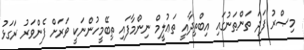
މިޞްރު ފަދަ ތަންތަނުގައި އިބްތިދާއީ ތަޢުލީމް ނިންމާފައި ތިބޭމީހުންނަކީ ވަރަށް ފެންވަރު ރަގަޅު